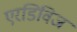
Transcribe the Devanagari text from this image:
एरडिविज